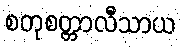
စတုစတ္တာလီသာယ